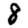
Digit: 8